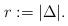
LaTeX: \begin{align*} r:= |\Delta|.\end{align*}